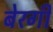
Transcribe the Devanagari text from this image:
बेरगी